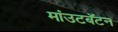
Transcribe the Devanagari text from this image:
मांउटबॅटन